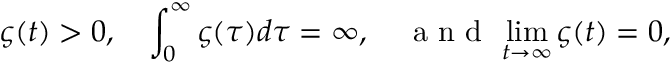
\varsigma ( t ) > 0 , \quad \int _ { 0 } ^ { \infty } \varsigma ( \tau ) d \tau = \infty , \quad \mathrm { ~ a ~ n ~ d ~ } \, \operatorname* { l i m } _ { t \rightarrow \infty } \varsigma ( t ) = 0 ,